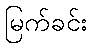
မြက်ခင်း